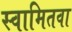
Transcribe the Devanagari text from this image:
स्वामितवा